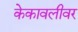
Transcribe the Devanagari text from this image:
केकावलीवर